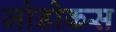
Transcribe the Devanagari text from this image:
जोडोकस